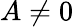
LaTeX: A\ne 0